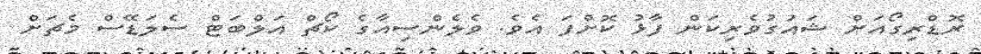
ރޮޑްރިގޯއަށް ޝައުގުވެރިކަން ފާޅު ކޮށްފަ އެވެ. ވެލެންސިއާގެ ކޯޗް އަލްބަޓް ސެލަޑޭސް މެޗަށް